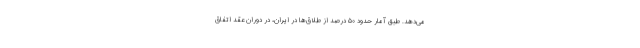
می‌دهد. طبق آمار حدود ۵۰ درصد از طلاق‌ها در ایران، در دوران عقد اتفاق